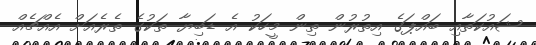
ޝައުކަތާއި ބައްޕަގެ އިތުރުން ތިން މީހަކު އެ ޑަބިޔާ ތަކުގެ ތެރެއަށް އެއްޗެއް